Annual statistical returns and brief notes on vaccination in Bengal - 1909-1929
Year: 1909
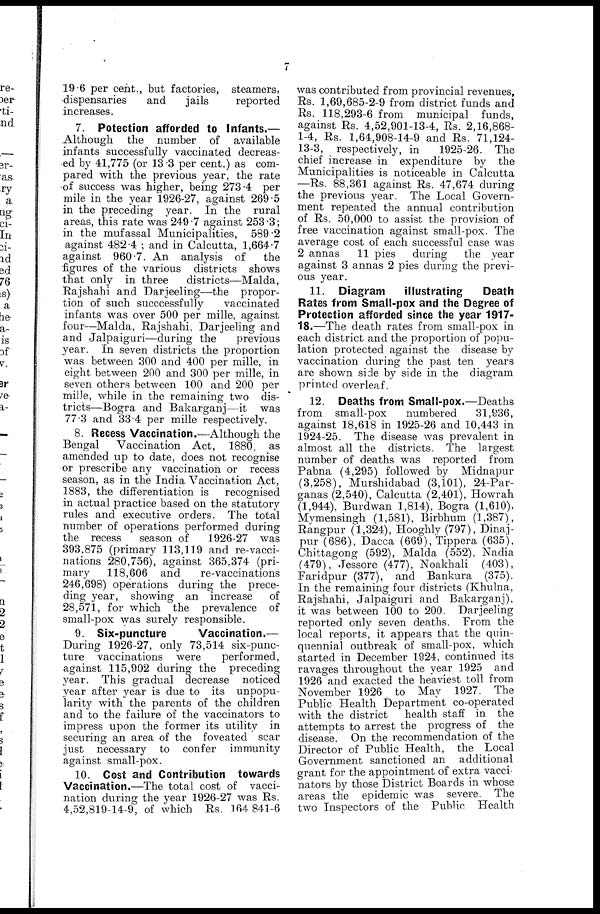
7
19.6 per cent., but factories, steamers,
dispensaries
and
jails
reported
increases.
7. Potection afforded to Infants.—
Although the number of available
infants successfully vaccinated decreas-
ed by 41,775 (or 13.3 per cent.) as com-
pared with the previous year, the rate
of success was higher, being 273.4 per
mile in the year 1926-27, against 269.5
in the preceding year. In the rural
areas, this rate was 249 .7 against 253 .3;
in the mufassal Municipalities, 589.2
against 482.4 ; and in Calcutta, 1,664.7
against 960.7. An analysis of
the
figures of the various districts shows
that only in three
districts—Malda,
Rajshahi and Darjeeling—the propor-
tion of such successfully
vaccinated
infants was over 500 per mille, against
four—Malda, Rajshahi, Darjeeling and
and Jalpaiguri—during the
previous
year. In seven districts the proportion
was between 300 and 400 per mille, in
eight between 200 and 300 per mille, in
seven others between 100 and 200 per
mille, while in the remaining two dis-
tricts—Bogra and Bakarganj—it was
77.3 and 33.4 per mille respectively.
8. Recess Vaccination.—Although the
Bengal
Vaccination Act, 1880, as
amended up to date, does not recognise
or prescribe any vaccination or recess
season, as in the India Vaccination Act,
1883, the differentiation is recognised
in actual practice based on the statutory
rules and executive orders. The total
number of operations performed during
the recess
season of
1926-27 was
393,875 (primary 113,119 and re-vacci-
nations 280,756), against 365,374 (pri-
mary
118,606 and
re-vaccinations
246,698) operations during the prece-
ding year, showing an increase of
28,571, for which the prevalence of
small-pox was surely responsible.
9. Six-puncture
Vaccination.—
During 1926-27, only 73,514 six-punc-
ture vaccinations were
performed,
against 115,902 during the preceding
year. This gradual decrease noticed
year after year is due to its unpopu-
larity with the parents of the children
and to the failure of the vaccinators to
impress upon the former its utility in
securing an area of the foveated scar
just necessary to confer immunity
against small-pox.
10. Cost and Contribution towards
Vaccination.—The total cost of vacci-
nation during the year 1926-27 was Rs.
4,52,819-14-9, of which Rs. 164 841-6
was contributed from provincial revenues,
Rs. 1,69,685-2-9 from district funds and
Rs. 118,293-6 from municipal funds,
against Rs. 4,52,901-13-4, Rs. 2,16,868-
1-4, Rs. 1,64,908-14-9 and Rs. 71,124-
13-3, respectively, in
1925-26. The
chief increase in expenditure by the
Municipalities is noticeable in Calcutta
—Rs. 88,361 against Rs. 47,674 during
the previous year. The Local Govern-
ment repeated the annual contribution
of Rs. 50,000 to assist the provision of
free vaccination against small-pox. The
average cost of each successful case was
2 annas
11 pies
during
the year
against 3 annas 2 pies during the previ-
ous year.
11. Diagram
illustrating
Death
Rates from Small-pox and the Degree of
Protection afforded since the year 1917-
18.—The death rates from small-pox in
each district and the proportion of popu-
lation protected against the disease by
vaccination during the past ten years
are shown side by side in the diagram
printed overleaf.
12. Deaths from Small-pox.—Deaths
from small-pox
numbered
31,936,
against 18,618 in 1925-26 and 10,443 in
1924-25. The disease was prevalent in
almost all the districts. The largest
number of deaths was reported from
Pabna (4,295) followed by Midnapur
(3,258), Murshidabad (3,101), 24-Par-
ganas (2,540), Calcutta (2,401), Howrah
(1,944), Burdwan 1,814), Bogra (1,610),
Mymensingh (1,581), Birbhum (1,387),
Rangpur (1,324), Hooghly (797), Dinaj-
pur (686), Dacca (669), Tippera (635),
Chittagong (592), Malda (552), Nadia
(479), Jessore (477), Noakhali (403),
Faridpur (377), and Bankura (375).
In the remaining four districts (Khulna,
Rajshahi, Jalpaiguri and Bakarganj),
it was between 100 to 200. Darjeeling
reported only seven deaths. From the
local reports, it appears that the quin-
quennial outbreak of small-pox, which
started in December 1924, continued its
ravages throughout the year 1925 and
1926 and exacted the heaviest toll from
November 1926 to May 1927. The
Public Health Department co-operated
with the district
health staff in the
attempts to arrest the progress of the
disease. On the recommendation of the
Director of Public Health, the Local
Government sanctioned an additional
grant for the appointment of extra vacci-
nators by those District Boards in whose
areas the epidemic was severe. The
two Inspectors of the Public Health